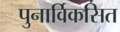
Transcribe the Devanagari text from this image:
पुनार्विकसित